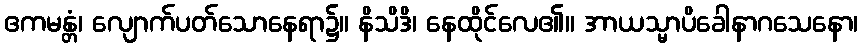
ဧကမန္တံ၊ လျောက်ပတ်သောနေရာ၌။ နိသိဒိ၊ နေထိုင်လေ၏။ အာယသ္မာပိခေါနာဂသေနော၊